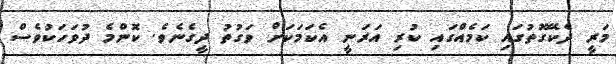
މަރީ ދެކޭގޮތުގައި ކަމެއްގައި ކުރި އަރަނީ އެކަމަކަށް ވަގުތު ދީގެނެވެ. ކޮންމެ ދުވަހަކުވެސް